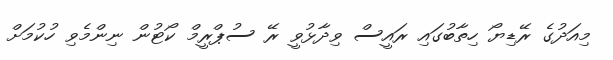
މިއަދުގެ ރޭޑިޔޯ ހިތާބުގައި ރައީސް ވިދާޅުވީ ރޭ ސުޕްރީމް ކޯޓުން ނިންމެވި ހުކުމަށް